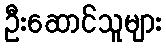
ဦးဆောင်သူများ